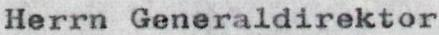
Herrn Generaldirektor